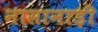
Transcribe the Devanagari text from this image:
नासानाड़ी